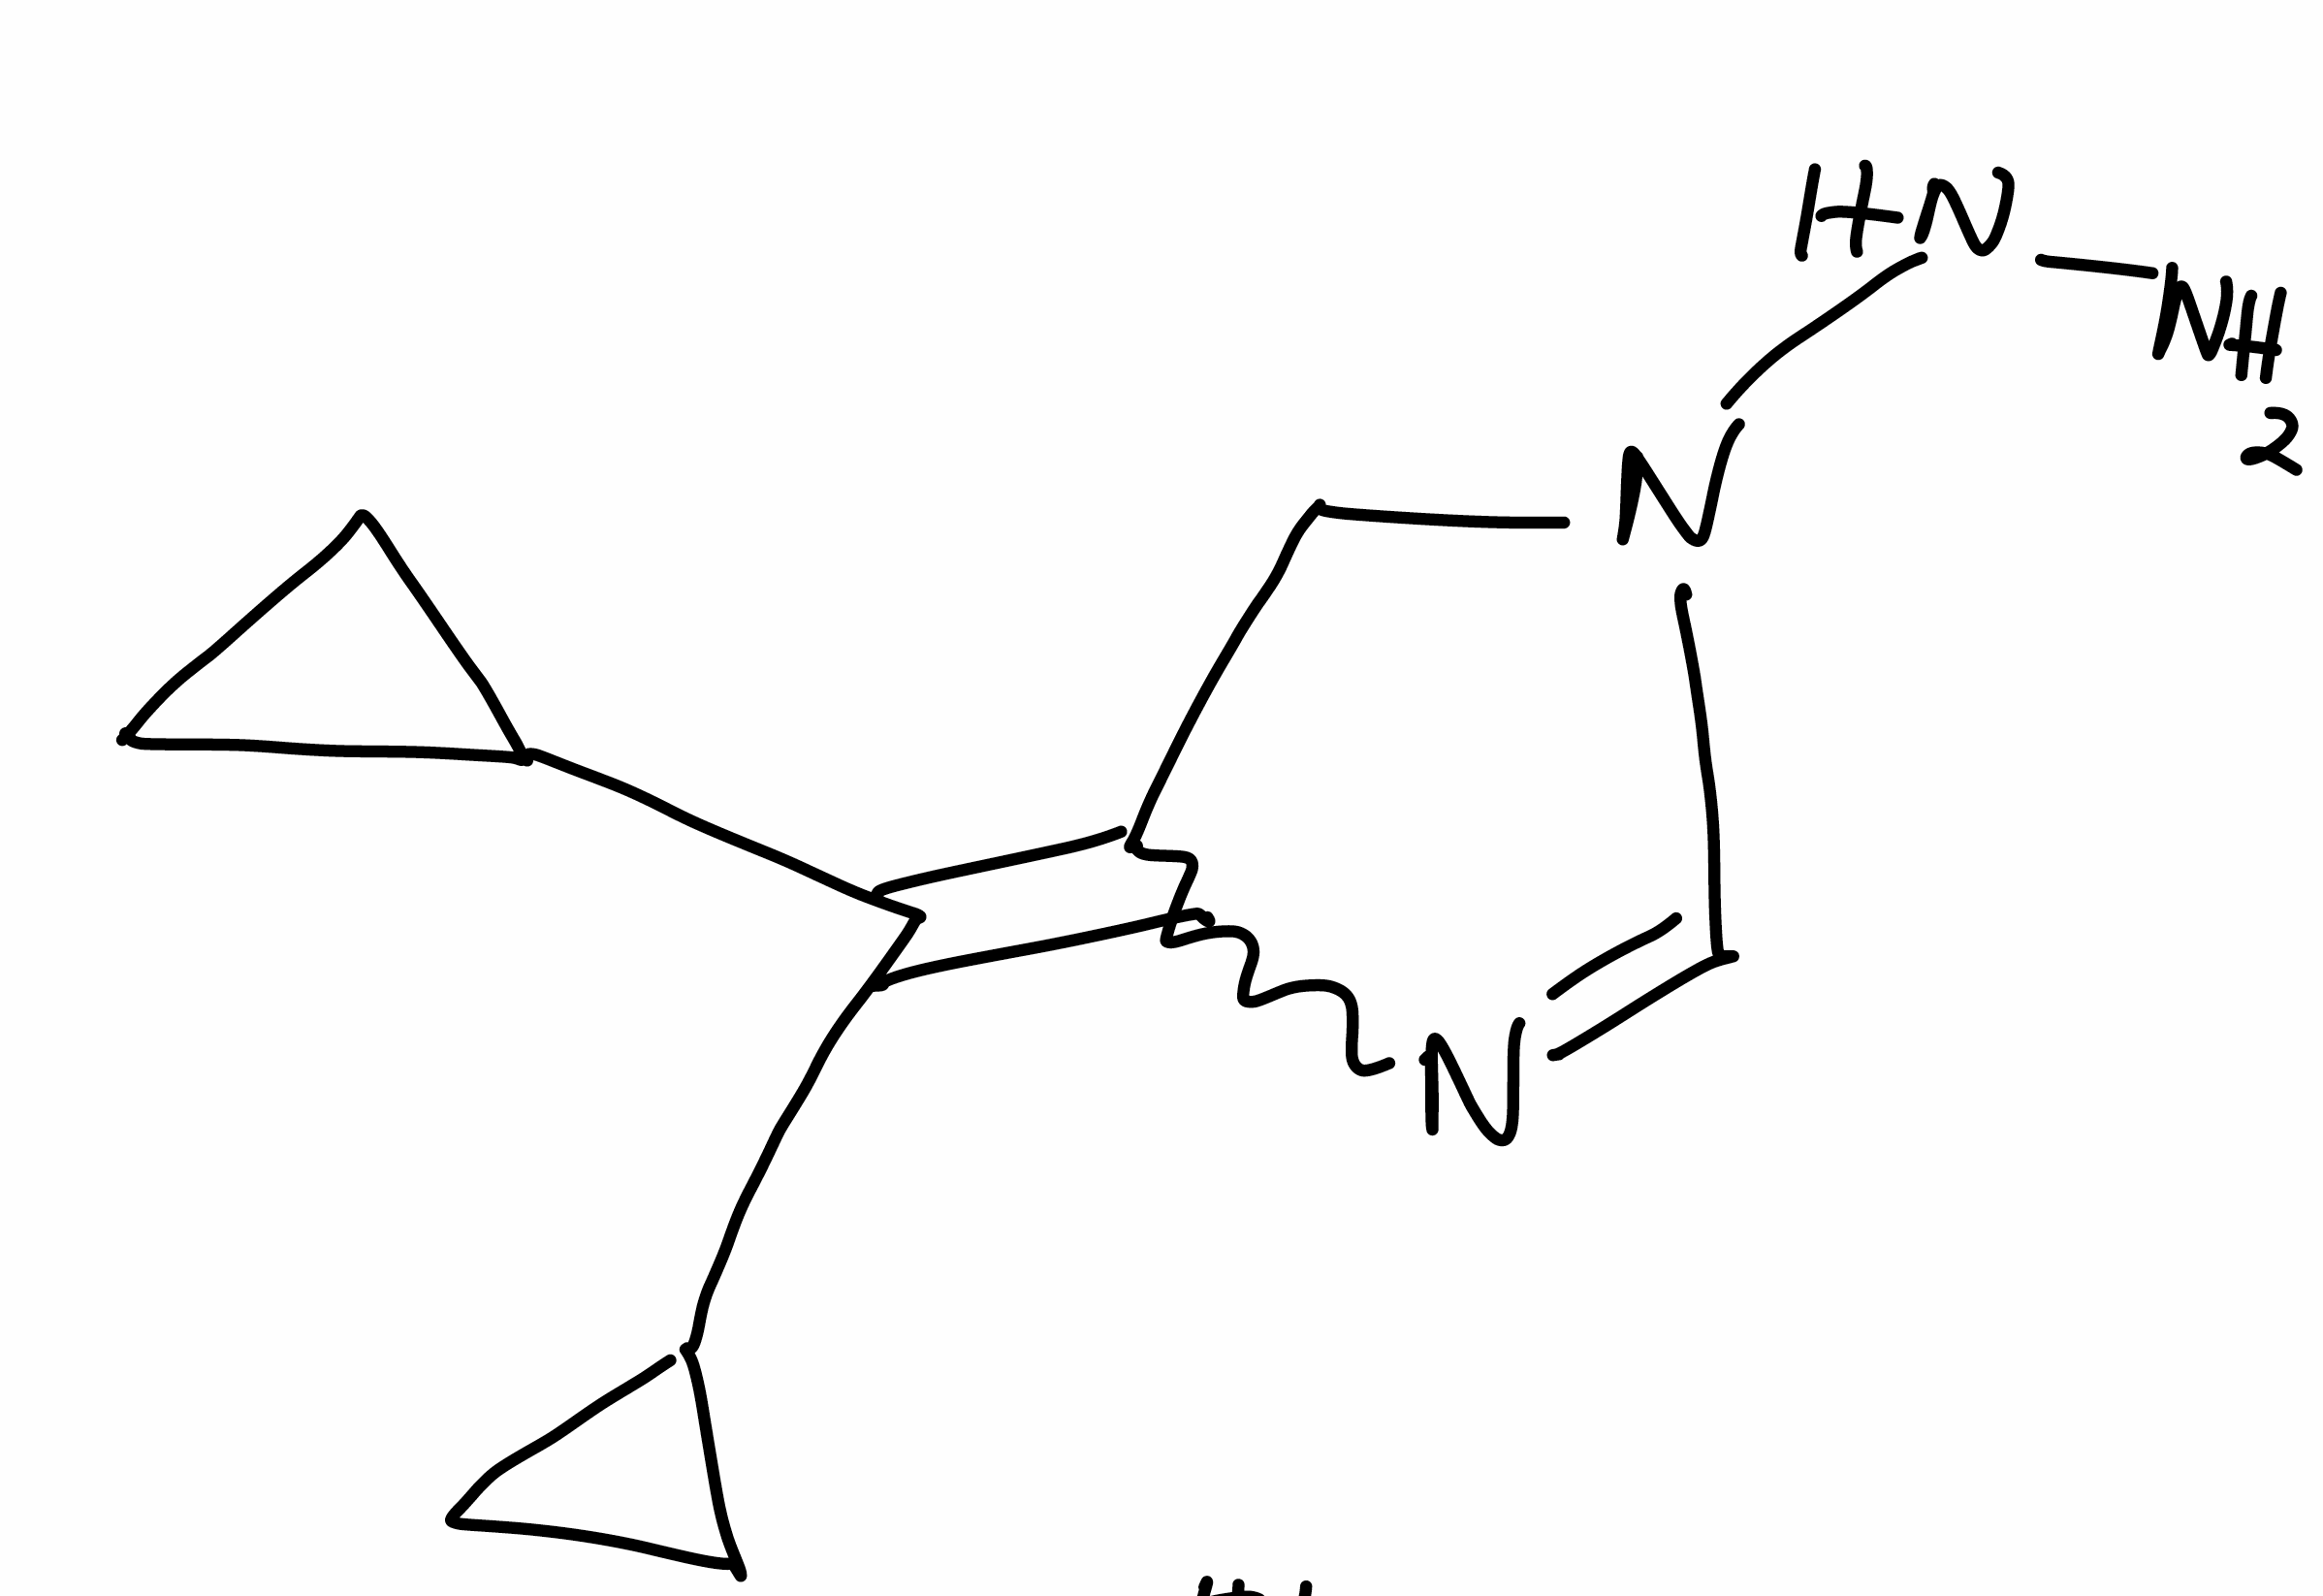
Simplified molecular-input line-entry system (SMILES) notation of the given molecule:
C1CC1C(=C2CN(C=N2)NN)C3CC3